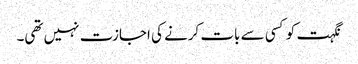
نگہت کو کسی سے بات کرنے کی اجازت نہیں تھی۔